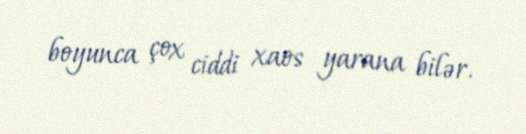
boyunca çox ciddi xaos yarana bilər.